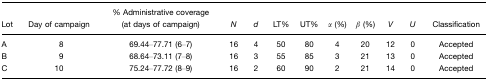
<table><thead><tr><td><b>Lot</b></td><td><b>Day of campaign</b></td><td><b>% Administrative coverage (at days of campaign)</b></td><td><b><i>N</i></b></td><td><b><i>d</i></b></td><td><b>LT%</b></td><td><b>UT%</b></td><td><b><i>α</i> (%)</b></td><td><b><i>β</i> (%)</b></td><td><b><i>V</i></b></td><td><b><i>U</i></b></td><td><b>Classification</b></td></tr></thead><tbody><tr><td>A</td><td>8</td><td>69.44–77.71 (6–7)</td><td>16</td><td>4</td><td>50</td><td>80</td><td>4</td><td>20</td><td>12</td><td>0</td><td>Accepted</td></tr><tr><td>B</td><td>9</td><td>68.64–73.11 (7–8)</td><td>16</td><td>3</td><td>55</td><td>85</td><td>3</td><td>21</td><td>13</td><td>0</td><td>Accepted</td></tr><tr><td>C</td><td>10</td><td>75.24–77.72 (8–9)</td><td>16</td><td>2</td><td>60</td><td>90</td><td>2</td><td>21</td><td>14</td><td>0</td><td>Accepted</td></tr></tbody></table>